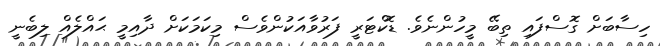
ހިސާބަށް ގޮސްފައި ތިބޭ މީހުންނެވެ. ޑޮކްޓަރީ ފަރުވާއަކުންވެސް މިކަމަކަށް ދާއިމީ ޙައްލެއް ލިބެނީ